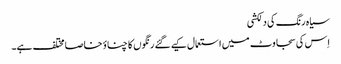
سیاہ رنگ کی دلکشی
اِس کی سجاوٹ میں استعمال کیے گئے رنگوں کا چناؤ خاصا مختلف ہے۔